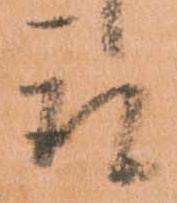
者